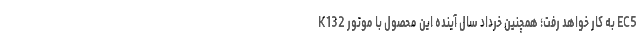
K132 به کار خواهد رفت؛ همچنین خرداد سال آینده این محصول با موتور EC5